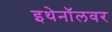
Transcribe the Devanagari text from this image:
इथेनॉलवर